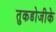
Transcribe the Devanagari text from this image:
तुकडोजीके